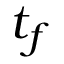
t _ { f }